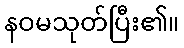
နဝမသုတ်ပြီး၏။